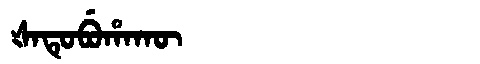
Manchu: ᡧᠠᡨᡠᠪᡠᡥᠠᡴᡡ
Romanization: ŠATUBUHAKŪ